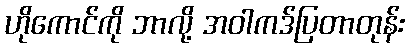
ဟိုကောင်ကို ဘာလို့ အဝါကဒ်ပြတာတုန်း